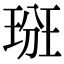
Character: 𤦦